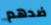
ضدهم